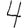
Digit: 4